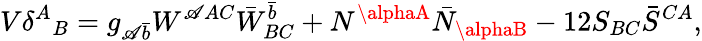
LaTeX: V\delta^{A}{}_{B}=g_{\mathscr{A}\bar{{b}}}W^{\mathscr{A}AC}\bar{{W}}_{BC}^{\bar{{b}}}+N^{\alphaA}\bar{{N}}_{\alphaB}-12S_{BC}\bar{{S}}^{CA},